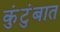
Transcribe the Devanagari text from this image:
कुंटुंबात